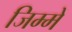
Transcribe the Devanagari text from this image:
जिम्में